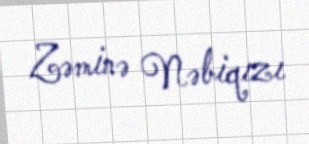
Zəminə Nəbiqızı